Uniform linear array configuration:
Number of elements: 4
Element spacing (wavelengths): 0.5
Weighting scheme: hamming
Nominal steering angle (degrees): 60
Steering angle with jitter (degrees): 61.522
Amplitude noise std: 0.05
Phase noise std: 0.05

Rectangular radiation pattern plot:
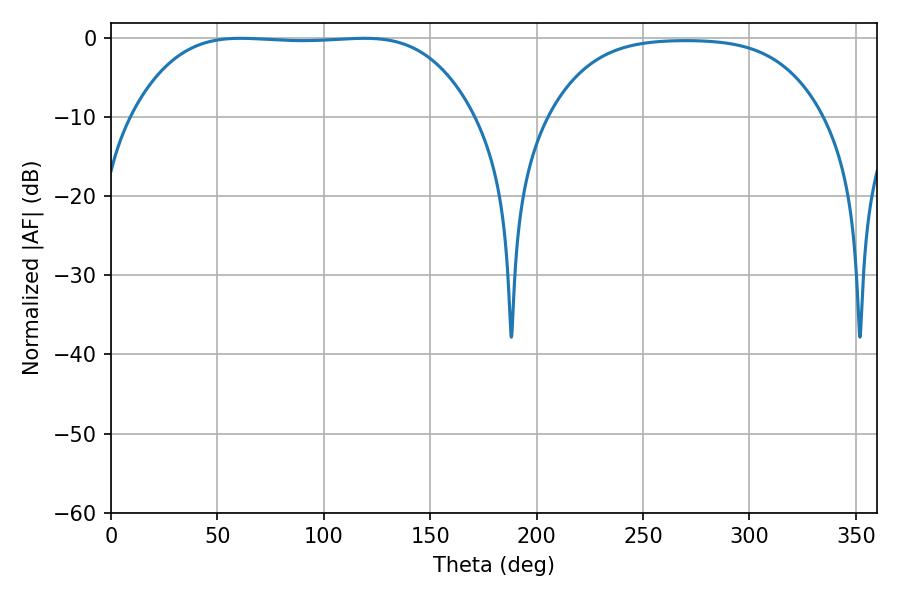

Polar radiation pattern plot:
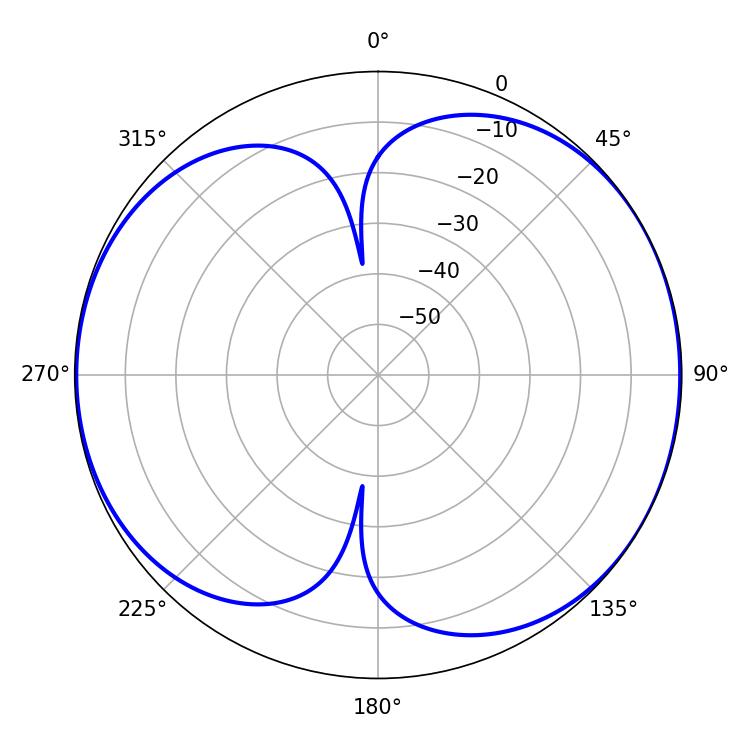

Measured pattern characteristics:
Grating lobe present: FALSE
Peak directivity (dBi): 6.668
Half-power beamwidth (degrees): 123.84
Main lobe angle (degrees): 60.84